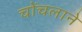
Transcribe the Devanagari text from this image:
चोंचलाने